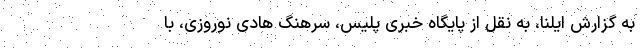
به گزارش ایلنا، به نقل از پایگاه خبری پلیس، سرهنگ هادی نوروزی، با